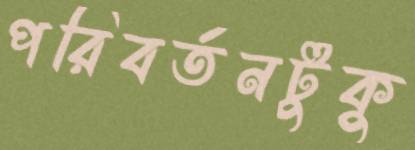
পরিবর্তনটুকু